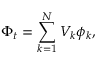
\Phi _ { t } = \sum _ { k = 1 } ^ { N } V _ { k } \phi _ { k } ,